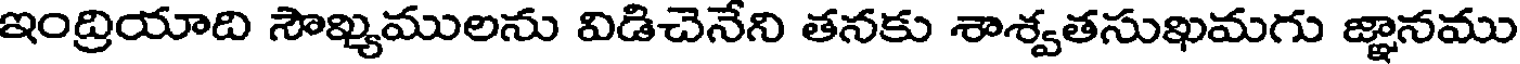
ఇంద్రియాది సౌఖ్యములను విడిచెనేని తనకు శాశ్వతసుఖమగు జ్ఞానము